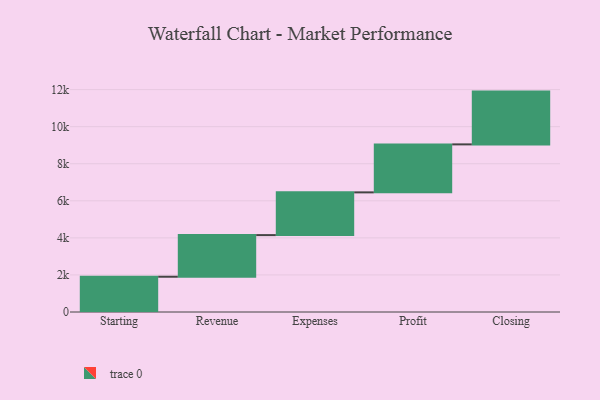
{"axis": {"x": "Step", "y": "Value"}, "legend": [""], "data": [{"x": "Starting", "y": 1903.0, "type": ""}, {"x": "Revenue", "y": 2246.0, "type": ""}, {"x": "Expenses", "y": 2306.0, "type": ""}, {"x": "Profit", "y": 2589.0, "type": ""}, {"x": "Closing", "y": 2848.0, "type": ""}]}